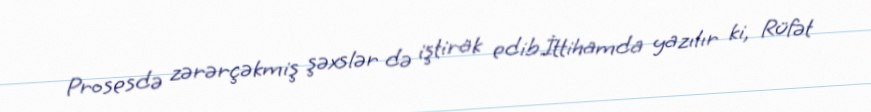
Prosesdə zərərçəkmiş şəxslər də iştirak edib.İttihamda yazılır ki, Rüfət